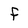
Character: f